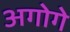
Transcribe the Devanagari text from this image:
अगोगे